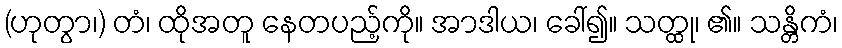
(ဟုတွာ၊) တံ၊ ထိုအတူ နေတပည့်ကို။ အာဒါယ၊ ခေါ်၍။ သတ္ထု၊ ၏။ သန္တိကံ၊